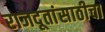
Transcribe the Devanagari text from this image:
राजदूतांसाठीचा